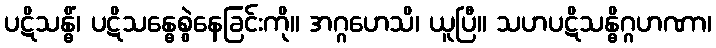
ပဋိသန္ဓိံ၊ ပဋိသန္ဓေစွဲနေခြင်းကို။ အဂ္ဂဟေသိ၊ ယူပြီ။ သဟပဋိသန္ဓိဂ္ဂဟဏာ၊